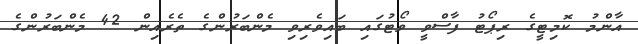
އާންމު ކޮމިޓީގެ ރިޕޯޓު ފާސްވީ ވޯޓުގައި ބައިވެރިވި މެންބަރުންގެ ތެރެއިން 42 މެންބަރުންގެ